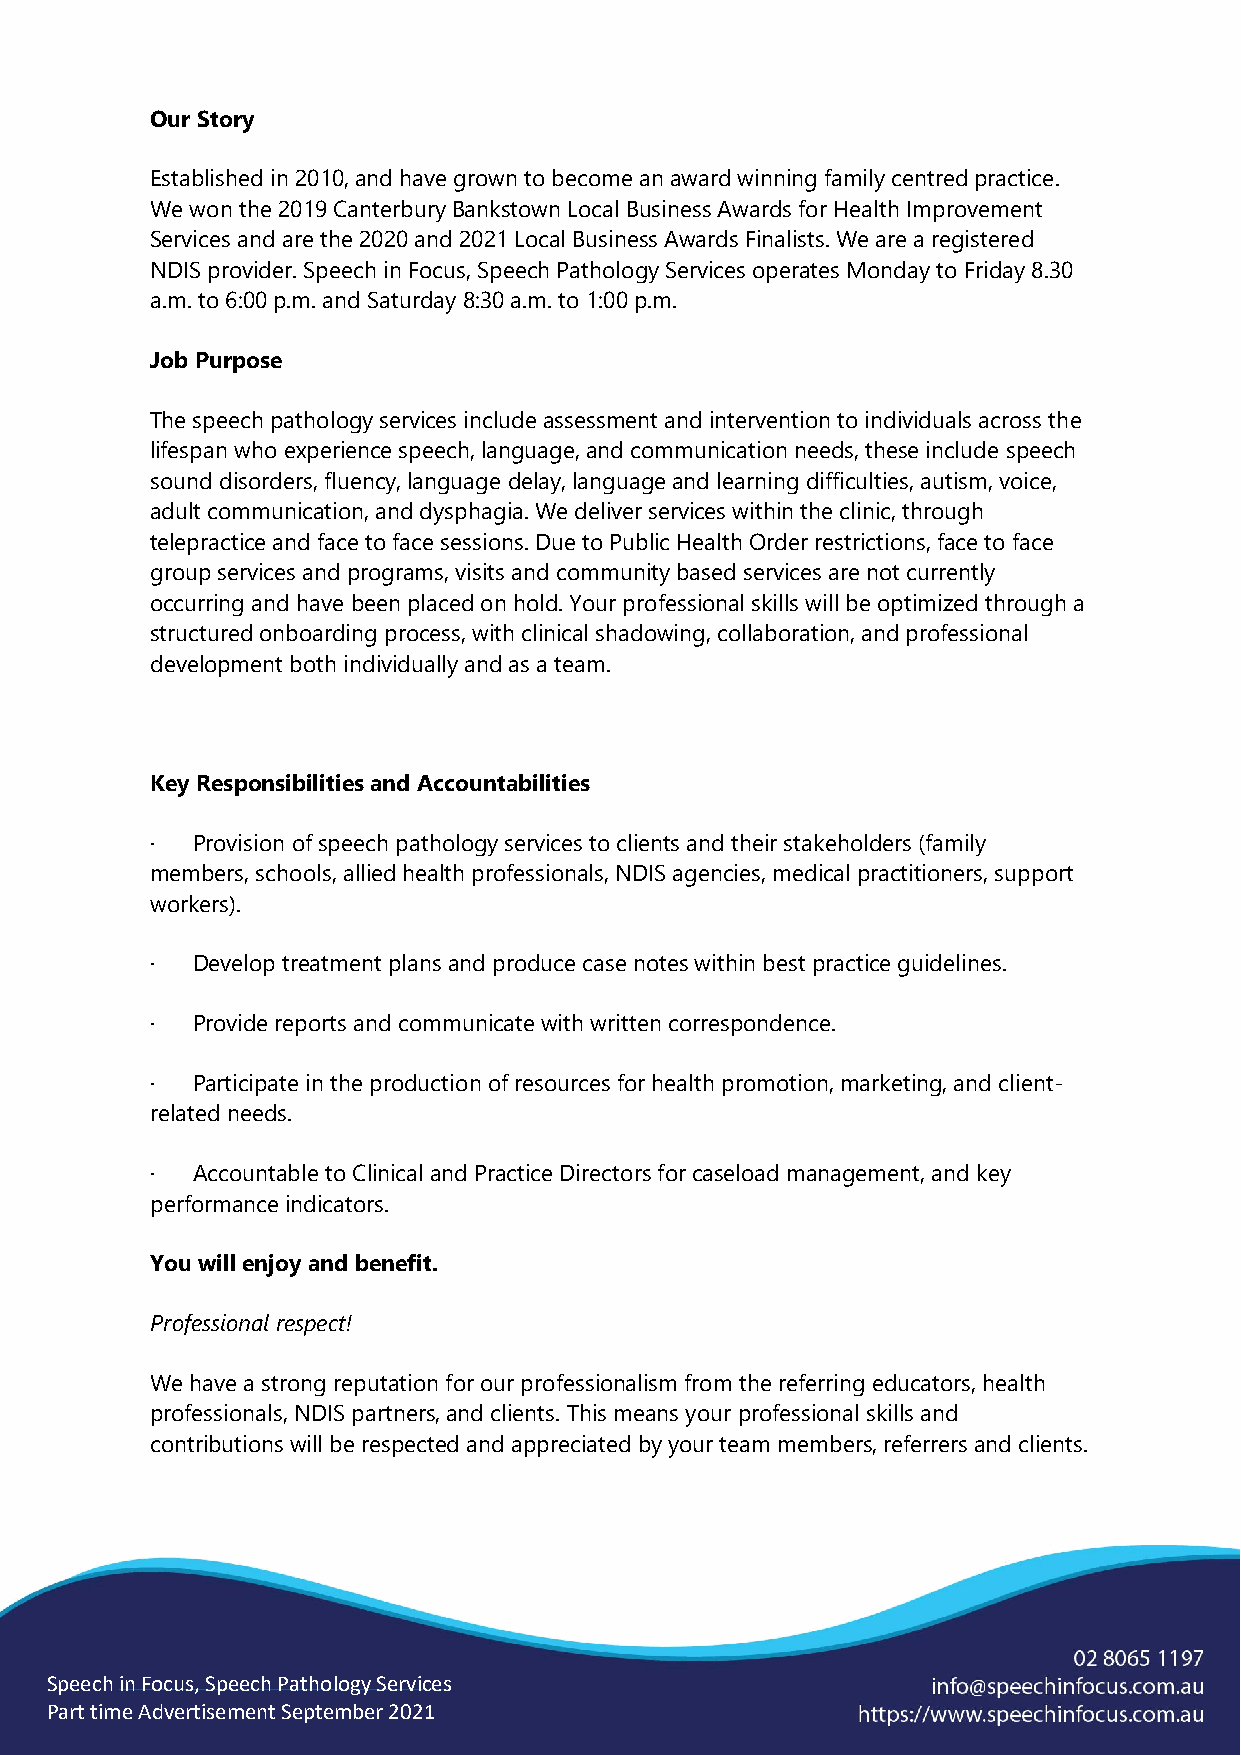
Our Story
 Established in 2010, and have grown to become an award winning family centred practice.
 We won the 2019 Canterbury Bankstown Local Business Awards for Health Improvement
 Services and are the 2020 and 2021 Local Business Awards Finalists. We are a registered
 NDIS provider. Speech in Focus, Speech Pathology Services operates Monday to Friday 8.30
 a.m. to 6:00 p.m. and Saturday 8:30 a.m. to 1:00 p.m.
 Job Purpose
 The speech pathology services include assessment and intervention to individuals across the
 lifespan who experience speech, language, and communication needs, these include speech
 sound disorders, fluency, language delay, language and learning difficulties, autism, voice,
 adult communication, and dysphagia. We deliver services within the clinic, through
 telepractice and face to face sessions. Due to Public Health Order restrictions, face to face
 group services and programs, visits and community based services are not currently
 occurring and have been placed on hold. Your professional skills will be optimized through a
 structured onboarding process, with clinical shadowing, collaboration, and professional
 development both individually and as a team.
 Key Responsibilities and Accountabilities
 ·  Provision of speech pathology services to clients and their stakeholders (family
 members, schools, allied health professionals, NDIS agencies, medical practitioners, support
 workers).
 ·  Develop treatment plans and produce case notes within best practice guidelines.
 ·  Provide reports and communicate with written correspondence.
 ·  Participate in the production of resources for health promotion, marketing, and client-
 related needs.
 ·  Accountable to Clinical and Practice Directors for caseload management, and key
 performance indicators.
 You will enjoy and benefit.
 Professional respect!
 We have a strong reputation for our professionalism from the referring educators, health
 professionals, NDIS partners, and clients. This means your professional skills and
 contributions will be respected and appreciated by your team members, referrers and clients.
 Speech in Focus, Speech Pathology Services
 Part time Advertisement September 2021